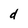
Character: d